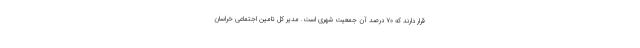
قرار دارند که ۷۰ درصد آن جمعیت شهری است. مدیر کل تامین اجتماعی خراسان